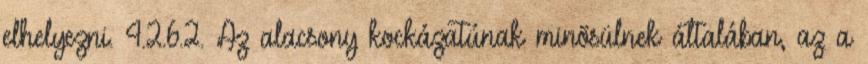
elhelyezni. 4.2.6.2. Az alacsony kockázatúnak minõsülnek általában, az a